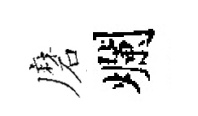
磨爛